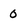
Character: 0